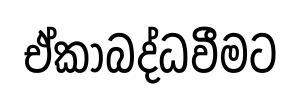
ඒකාබද්ධවීමට